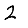
Digit: 2